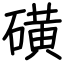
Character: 磺